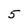
Character: 5